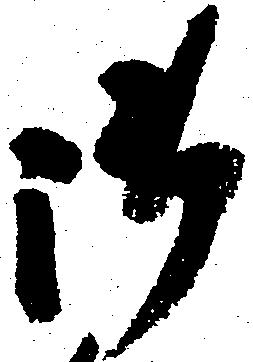
御